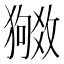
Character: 𬍉